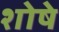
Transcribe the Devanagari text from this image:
शोषे